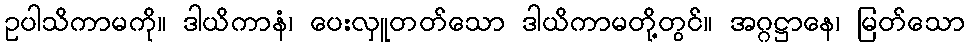
ဥပါသိကာမကို။ ဒါယိကာနံ၊ ပေးလှူတတ်သော ဒါယိကာမတို့တွင်။ အဂ္ဂဋ္ဌာနေ၊ မြတ်သော